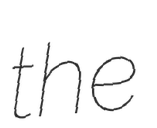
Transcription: the